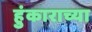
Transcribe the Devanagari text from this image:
हुंकाराच्या